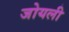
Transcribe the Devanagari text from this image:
जोयली